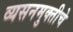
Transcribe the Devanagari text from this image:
व्यसनमुक्‍तीचे